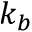
k _ { b }